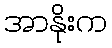
အာနိုးက